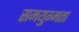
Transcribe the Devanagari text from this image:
समयुग्मता